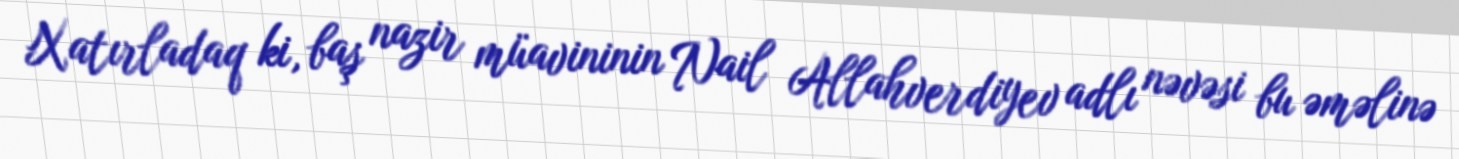
Xatırladaq ki, baş nazir müavininin Nail Allahverdiyev adlı nəvəsi bu əməlinə